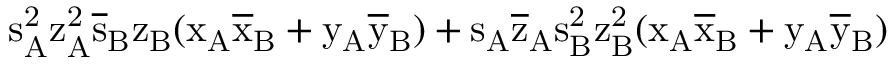
\mathrm { s _ { A } ^ { 2 } \mathrm { z _ { A } ^ { 2 } \mathrm { \overline { { s } } _ { B } \mathrm { z _ { B } ( \mathrm { x _ { A } \mathrm { \overline { { x } } _ { B } + \mathrm { y _ { A } \mathrm { \overline { { y } } _ { B } ) + \mathrm { s _ { A } \mathrm { \overline { { z } } _ { A } \mathrm { s _ { B } ^ { 2 } \mathrm { z _ { B } ^ { 2 } ( \mathrm { x _ { A } \mathrm { \overline { { x } } _ { B } + \mathrm { y _ { A } \mathrm { \overline { { y } } _ { B } ) } } } } } } } } } } } } } } } }